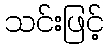
သင်းဖြင့်